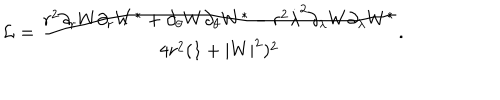
\mathcal { L } = \frac { r ^ { 2 } \partial _ { r } W \partial _ { r } W ^ { * } + \partial _ { \theta } W \partial _ { \theta } W ^ { * } - r ^ { 2 } \dot { \lambda } ^ { 2 } \partial _ { \lambda } W \partial _ { \lambda } W ^ { * } } { 4 r ^ { 2 } ( 1 + | W | ^ { 2 } ) ^ { 2 } } .